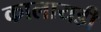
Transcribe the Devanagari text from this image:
कालायडी